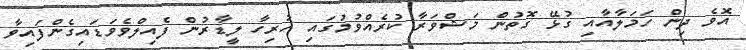
އޮވެ ދިން ހަމަލާއާއި ގުޅޭ ގޮތުން މަޝްވަރާ ކުރެއްވުމުގައި ހުރިހާ ލީޑާރުން ފެއިލްވެވަޑައިގެންފައިވާ